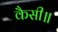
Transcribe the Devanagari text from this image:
कैसी॥